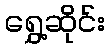
ရွှေ့ဆိုင်း